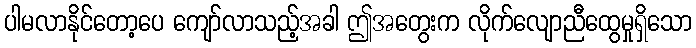
ပါမလာနိုင်တော့ပေ ကျော်လာသည့်အခါ ဤအတွေးက လိုက်လျောညီထွေမှုရှိသော